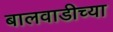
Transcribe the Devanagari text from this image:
बालवाडीच्या